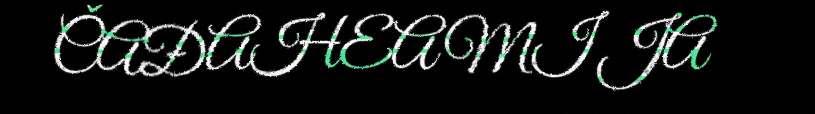
ČAĐAHEAMI JA